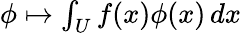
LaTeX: \phi\mapsto\textstyle\int_{U}f(x)\phi(x)\, dx